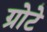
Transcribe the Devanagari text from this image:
ग्रोटे